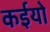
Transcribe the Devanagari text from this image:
कईयो